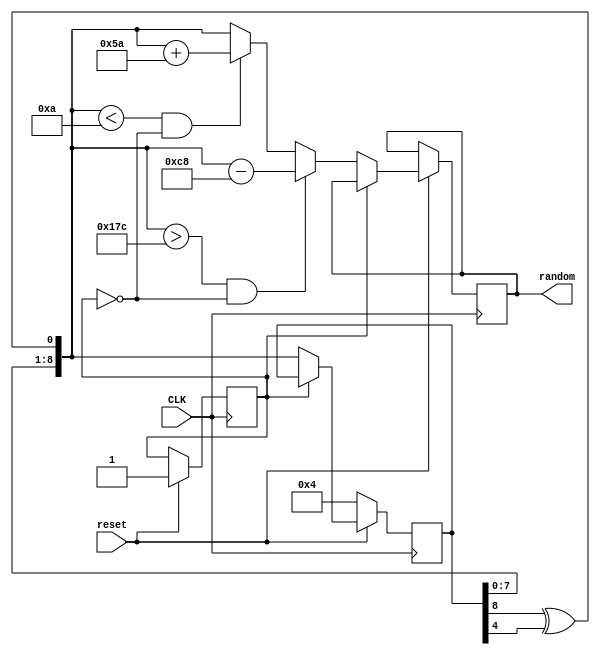
module randnum(
  input  CLK,
  input  reset,
  output reg [8:0] random
);
reg [8:0] temp;
reg count;

initial
begin
count=0;
end

wire feedback = temp[8] ^ temp[4] ;

always @(posedge CLK)
begin
	if (!reset) 
    temp = 4'd20;
	else
		begin if(count==0)
		begin
			temp = {temp[7:0], feedback};
			random = temp;
			
		
			if (random > 9'b101111100 && count==0)
			begin
				random = random - 200;
				count <= 1'b1;
				
				end
				else if (random < 9'b0000001010 && count==0)
				begin
				random = random + 90;
				count <= 1'b1;
				end
			else if(count==0)
			begin
			
				random = random;
				count <= 1'b1;
				
				end
		end		
				
	end
		
end
endmodule